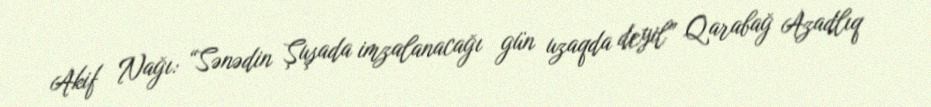
Akif Nağı: “Sənədin Şuşada imzalanacağı gün uzaqda deyil” Qarabağ Azadlıq